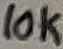
Text: 10K